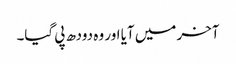
آخر میں آیا اور وہ دودھ پی گیا۔